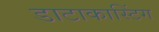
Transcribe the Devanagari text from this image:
डाटाकास्टिंग